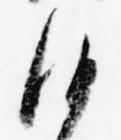
沙